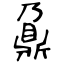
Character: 鼐